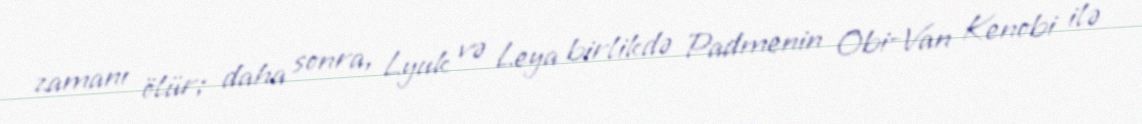
zamanı ölür; daha sonra, Lyuk və Leya birlikdə Padmenin Obi-Van Kenobi ilə